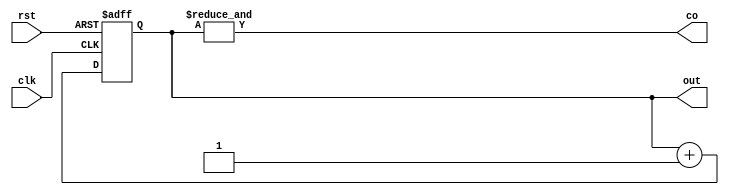
module Counter #(parameter N = 8)
                (clk, rst, out, co);

    input clk, rst;
    output reg [N - 1:0] out;
    output co;
    
    always @(posedge clk or posedge rst) begin
        if (rst) out <= {N{1'b0}};
        else out = out + 1'b1;
    end

    assign co = &out;

endmodule